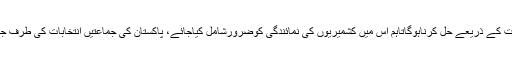
انہوں نے کہاکہ کوئی بھی مسئلہ بات چیت کے بناء حل نہیں ہوسکتااورکشمیرکامسئلہ بھی بات اور مذاکرات کے ذریعے حل کرناہوگاتاہم اس میں کشمیریوں کی نمائندگی کوضرورشامل کیاجائے، پاکستان کی جماعتیں انتخابات کی طرف جارہی ہیں لہٰذاہماری خواہش ہے کہ تمام سیاسی جماعتیں اپنے اپنے منشورمیں مسئلہ کشمیر کو شامل کریں۔